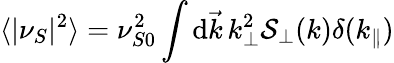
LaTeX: \langle|\nu_{S}|^{2}\rangle=\nu_{S0}^{2}\int\mathrm{d}\vec{{k}}\, k_{\perp}^{2}\mathcal{{S}}_{\perp}(k)\delta(k_{\| })